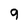
Character: 9